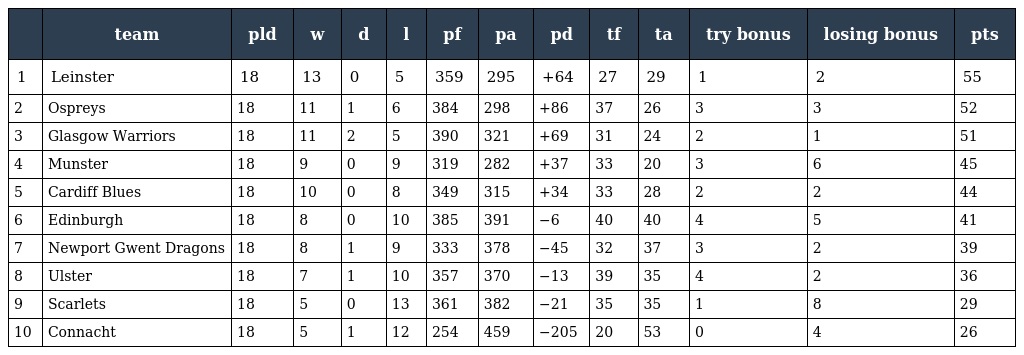
|  | team | pld | w | d | l | pf | pa | pd | tf | ta | try bonus | losing bonus | pts |
 | --- | --- | --- | --- | --- | --- | --- | --- | --- | --- | --- | --- | --- | --- |
 | 1 | Leinster | 18 | 13 | 0 | 5 | 359 | 295 | +64 | 27 | 29 | 1 | 2 | 55 |
 | 2 | Ospreys | 18 | 11 | 1 | 6 | 384 | 298 | +86 | 37 | 26 | 3 | 3 | 52 |
 | 3 | Glasgow Warriors | 18 | 11 | 2 | 5 | 390 | 321 | +69 | 31 | 24 | 2 | 1 | 51 |
 | 4 | Munster | 18 | 9 | 0 | 9 | 319 | 282 | +37 | 33 | 20 | 3 | 6 | 45 |
 | 5 | Cardiff Blues | 18 | 10 | 0 | 8 | 349 | 315 | +34 | 33 | 28 | 2 | 2 | 44 |
 | 6 | Edinburgh | 18 | 8 | 0 | 10 | 385 | 391 | −6 | 40 | 40 | 4 | 5 | 41 |
 | 7 | Newport Gwent Dragons | 18 | 8 | 1 | 9 | 333 | 378 | −45 | 32 | 37 | 3 | 2 | 39 |
 | 8 | Ulster | 18 | 7 | 1 | 10 | 357 | 370 | −13 | 39 | 35 | 4 | 2 | 36 |
 | 9 | Scarlets | 18 | 5 | 0 | 13 | 361 | 382 | −21 | 35 | 35 | 1 | 8 | 29 |
 | 10 | Connacht | 18 | 5 | 1 | 12 | 254 | 459 | −205 | 20 | 53 | 0 | 4 | 26 |